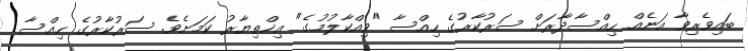
ބައިވެރިވާ އަނެއް ހިއްސާދާރަށް ސަރުކާރުގެ ހިއްސާ "ވިއްކާލުމުގެ" އިޚްތިޔާރު ކަމަށެވެ. ސަރުކާރުގެ ހިއްސާ